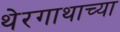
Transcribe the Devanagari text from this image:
थेरगाथाच्या